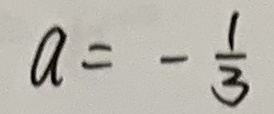
a = - \frac { 1 } { 3 }